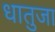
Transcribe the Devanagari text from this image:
धातुजा